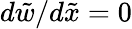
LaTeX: {d\tilde{w}}/{d\tilde{x}}=0